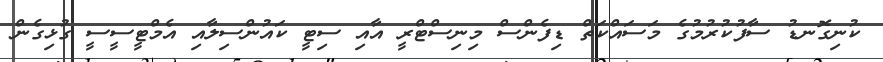
ކުނިގޮނޑު ސާފުކުރުމުގެ މަސައްކަތް ޑިފެންސް މިނިސްޓްރީ އާއި ސިޓީ ކައުންސިލާއި އެމްޓީސީސީ ގުޅިގެން